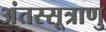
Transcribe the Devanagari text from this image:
अंतस्सूत्राणु